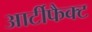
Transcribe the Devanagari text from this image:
आर्टीफैक्ट